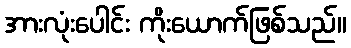
အားလုံးပေါင်း ကိုးယောက်ဖြစ်သည်။